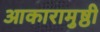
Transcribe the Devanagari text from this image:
आकारामुष्ठी